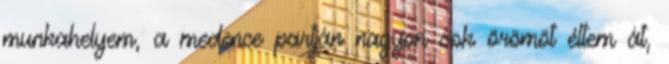
munkahelyem, a medence partján nagyon sok örömöt éltem át,